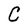
Character: C